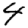
Digit: 4